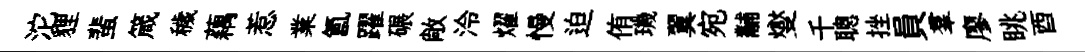
沱貍蜚箴穢藕惹業氲躍碾敞泠燿慢迫侑璣翼宛黼燮千聰挫員羣廖眺酉